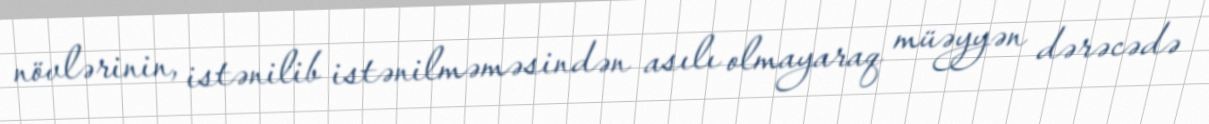
növlərinin, istənilib istənilməməsindən asılı olmayaraq müəyyən dərəcədə